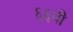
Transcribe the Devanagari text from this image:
६६वी